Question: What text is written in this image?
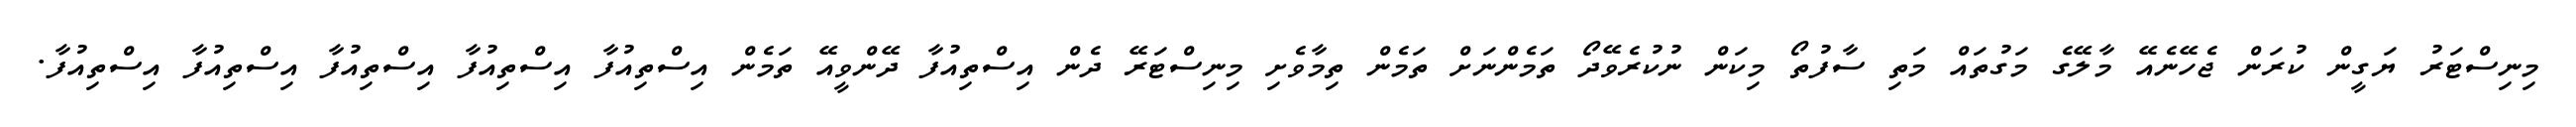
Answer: މިނިސްޓަރު ޔަގީން ކުރަން ޖެހޭނެއޭ މާލޭގެ މަގުތައް މަތި ސާފުތޯ މިކަން ނުކުރެވޭދޯ ތަމެންނަށް ތަމެން ތިމާވެށި މިނިސްޓަރޭ ދެން އިސްތިއުފާ ދޭންވީއޭ ތަމެން އިސްތިއުފާ އިސްތިއުފާ އިސްތިއުފާ އިސްތިއުފާ އިސްތިއުފާ.